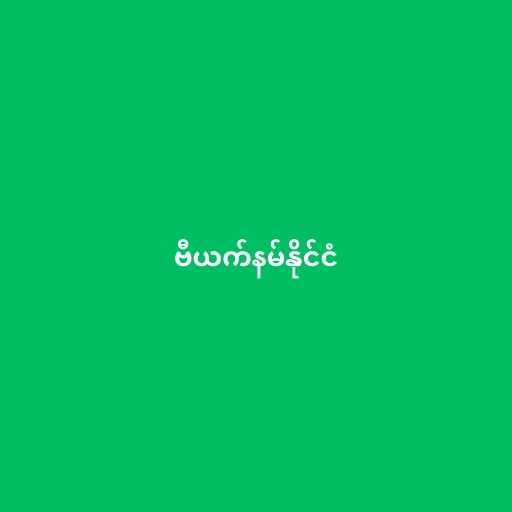
ဗီယက်နမ်နိုင်ငံ